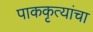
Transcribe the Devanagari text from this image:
पाककृत्यांचा